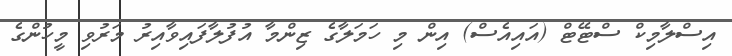
އިސްލާމިކް ސްޓޭޓް (އައިއެސް) އިން މި ހަމަލާގެ ޒިންމާ އުފުލާފައިވާއިރު މަރުވި މީހުންގެ